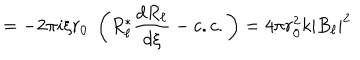
LaTeX: = - 2 \pi i \xi r _ { 0 } \; \left( R _ { \ell } ^ { \ast } { \frac { d R _ { \ell } } { d \xi } } - c . c . \right) = 4 \pi r _ { 0 } ^ { 2 } k | B _ { \ell } | ^ { 2 }